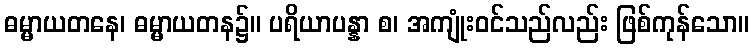
ဓမ္မာယတနေ၊ ဓမ္မာယတန၌။ ပရိယာပန္နာ စ၊ အကျုံးဝင်သည်လည်း ဖြစ်ကုန်သော။